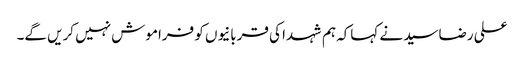
علی رضاسید نے کہاکہ ہم شہدا کی قربانیوں کو فراموش نہیں کریں گے۔